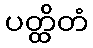
ပတ္ထိတံ